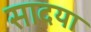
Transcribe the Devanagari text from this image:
सादया